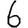
Digit: 6